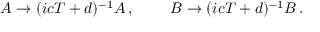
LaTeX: A \rightarrow ( i c T + d ) ^ { - 1 } A \, , ~ ~ ~ ~ ~ ~ ~ B \rightarrow ( i c T + d ) ^ { - 1 } B \, .